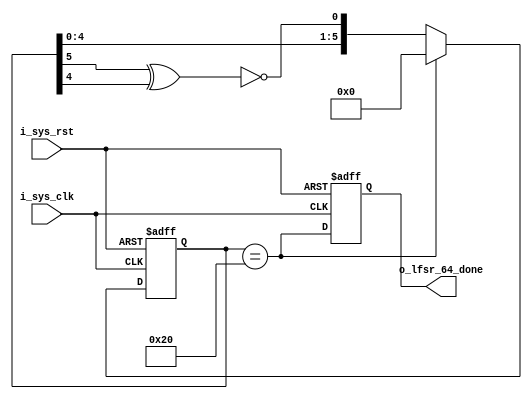
//   ==================================================================
//   >>>>>>>>>>>>>>>>>>>>>>> COPYRIGHT NOTICE <<<<<<<<<<<<<<<<<<<<<<<<<
//   ------------------------------------------------------------------
//   Copyright (c) 2013 by Lattice Semiconductor Corporation
//   ALL RIGHTS RESERVED 
//   ------------------------------------------------------------------
//
//   Permission:
//
//      Lattice SG Pte. Ltd. grants permission to use this code
//      pursuant to the terms of the Lattice Reference Design License Agreement. 
//
//
//   Disclaimer:
//
//      This VHDL or Verilog source code is intended as a design reference
//      which illustrates how these types of functions can be implemented.
//      It is the user's responsibility to verify their design for
//      consistency and functionality through the use of formal
//      verification methods.  Lattice provides no warranty
//      regarding the use or functionality of this code.
//
//   --------------------------------------------------------------------
//
//                  Lattice SG Pte. Ltd.
//                  101 Thomson Road, United Square #07-02 
//                  Singapore 307591
//
//
//                  TEL: 1-800-Lattice (USA and Canada)
//                       +65-6631-2000 (Singapore)
//                       +1-503-268-8001 (other locations)
//
//                  web: http://www.latticesemi.com/
//
//   --------------------------------------------------------------------
//


`timescale 1 ns / 1 ps

module lfsr_count64(
                    input i_sys_clk,
                    input i_sys_rst,
                    output reg o_lfsr_64_done);

    reg [5:0]                  lfsr_reg_i;
    wire                       lfsr_d0_i,lfsr_equal;

    xnor(lfsr_d0_i,lfsr_reg_i[5],lfsr_reg_i[4]);
    assign lfsr_equal = (lfsr_reg_i == 6'h20);

    always @(posedge i_sys_clk,posedge i_sys_rst)
    begin
        if(i_sys_rst) begin
            lfsr_reg_i <= 0;
            o_lfsr_64_done <= 0;
        end
        else begin
            lfsr_reg_i <= lfsr_equal ? 6'h0 : {lfsr_reg_i[4:0],lfsr_d0_i};
            o_lfsr_64_done <= lfsr_equal;
        end
    end
endmodule